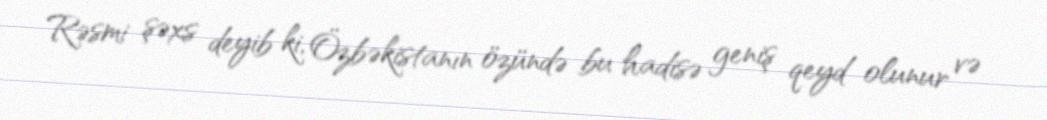
Rəsmi şəxs deyib ki, Özbəkistanın özündə bu hadisə geniş qeyd olunur və